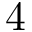
4